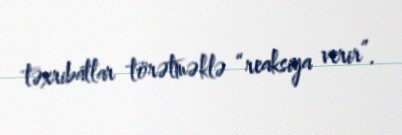
təxribatlar törətməklə “reaksiya verir”.